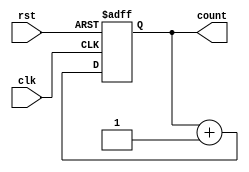
module counter (
    input clk,
    input rst,
    output reg [7:0] count
);

always @ (posedge clk or posedge rst)
begin
    if (rst)
        count <= 8'b0;
    else
        count <= count + 1;
end

endmodule